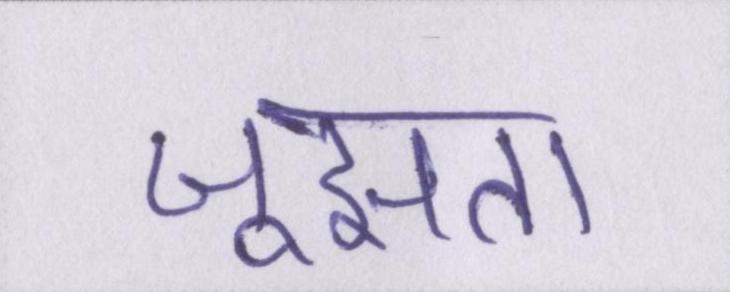
जूझता